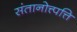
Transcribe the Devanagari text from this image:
संतानोत्त्पत्ति